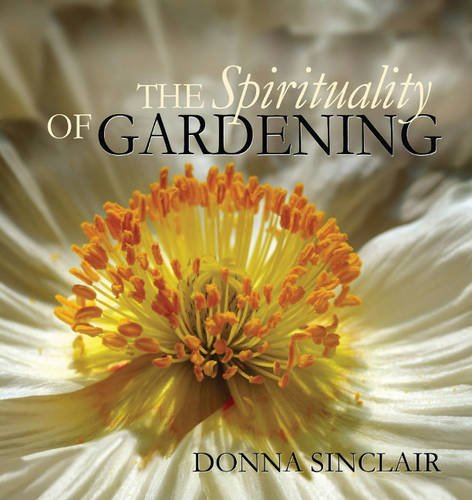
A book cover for The Spirituality of Gardening; Donna Sinclair; Crafts, Hobbies & Home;